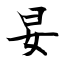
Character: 妟